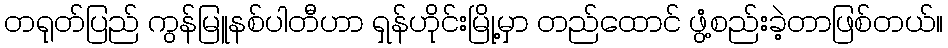
တရုတ်ပြည် ကွန်မြူနစ်ပါတီဟာ ရှန်ဟိုင်းမြို့မှာ တည်ထောင် ဖွံ့စည်းခဲ့တာဖြစ်တယ်။